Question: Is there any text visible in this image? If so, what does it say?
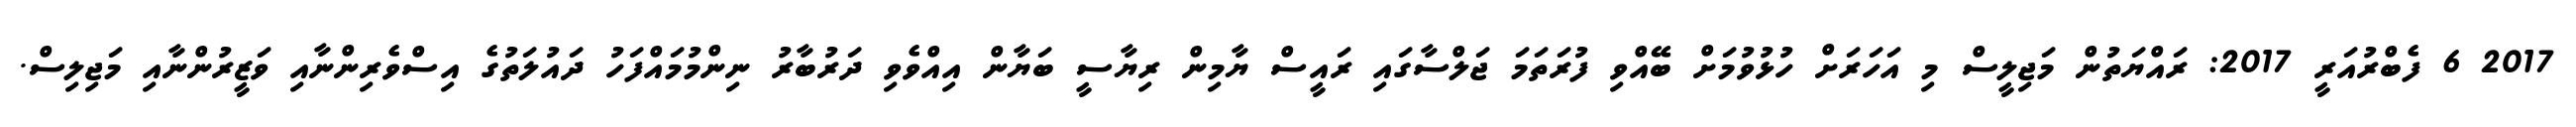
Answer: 2017 6 ފެބްރުއަރީ 2017: ރައްޔަތުން މަޖިލީސް މި އަހަރަށް ހުޅުވުމަށް ބޭއްވި ފުރަތަމަ ޖަލްސާގައި ރައީސް ޔާމިން ރިޔާސީ ބަޔާން އިއްވެވި ދަރުބާރު ނިންމުމައްފަހު ދައުލަތުގެ އިސްވެރިންނާއި ވަޒީރުންނާއި މަޖިލިސް.